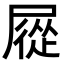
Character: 㞞